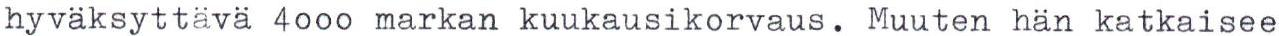
hyväksyttävä 4000 markan kuukausikorvaus. Muuten hän katkaisee